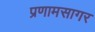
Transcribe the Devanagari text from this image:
प्रणामसागर